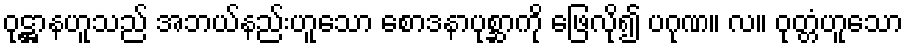
ဝုဋ္ဌာနဟူသည် အဘယ်နည်းဟူသော စောဒနာပုစ္ဆာကို ဖြေလို၍ ပဂုဏ။ လ။ ဝုတ္တံဟူသော